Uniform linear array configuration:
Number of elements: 32
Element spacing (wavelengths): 0.5
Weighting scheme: kaiser
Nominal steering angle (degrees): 0
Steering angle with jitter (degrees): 1.911
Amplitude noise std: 0.05
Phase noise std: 0.05

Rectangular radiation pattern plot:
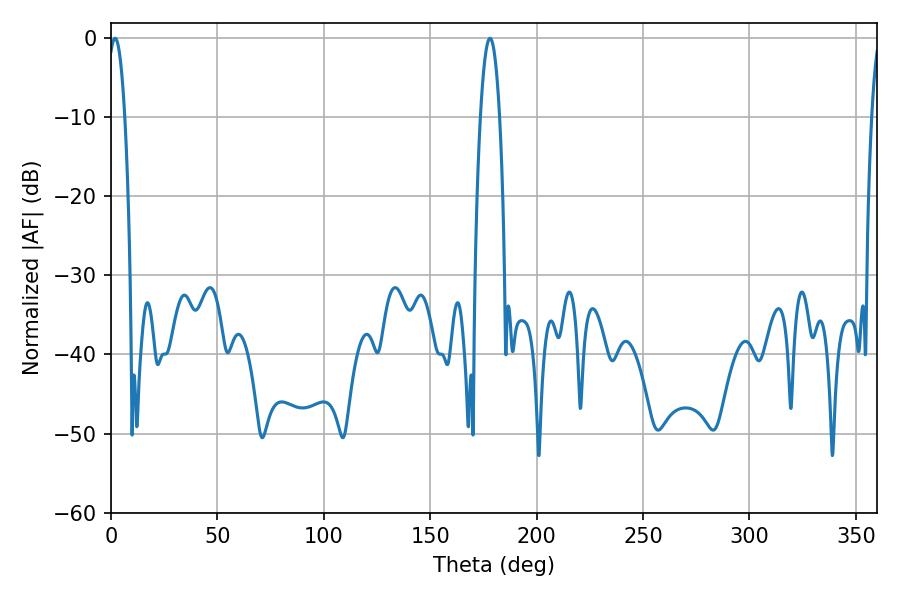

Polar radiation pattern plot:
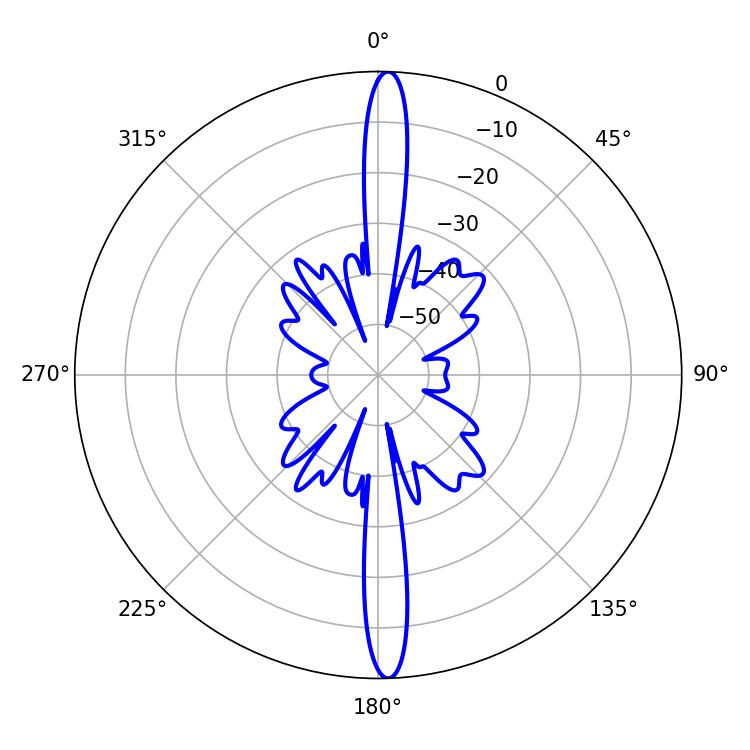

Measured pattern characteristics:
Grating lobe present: FALSE
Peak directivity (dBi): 24.935
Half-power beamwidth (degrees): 4.32
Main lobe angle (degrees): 1.98